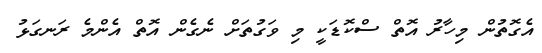
އެގޮތުން މިހާރު އޮތް ސްކޮޑަކީ މި ވަގުތަށް ނެގެން އޮތް އެންމެ ރަނގަޅު